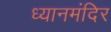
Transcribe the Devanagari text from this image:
ध्यानमंदिर